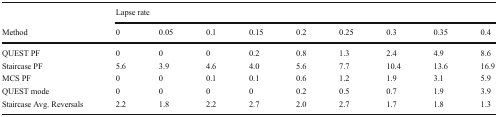
<table><thead><tr><td></td><td colspan="9"><b>Lapse rate</b></td></tr><tr><td><b>Method</b></td><td><b>0</b></td><td><b>0.05</b></td><td><b>0.1</b></td><td><b>0.15</b></td><td><b>0.2</b></td><td><b>0.25</b></td><td><b>0.3</b></td><td><b>0.35</b></td><td><b>0.4</b></td></tr></thead><tbody><tr><td>QUEST PF</td><td>0</td><td>0</td><td>0</td><td>0.2</td><td>0.8</td><td>1.3</td><td>2.4</td><td>4.9</td><td>8.6</td></tr><tr><td>Staircase PF</td><td>5.6</td><td>3.9</td><td>4.6</td><td>4.0</td><td>5.6</td><td>7.7</td><td>10.4</td><td>13.6</td><td>16.9</td></tr><tr><td>MCS PF</td><td>0</td><td>0</td><td>0.1</td><td>0.1</td><td>0.6</td><td>1.2</td><td>1.9</td><td>3.1</td><td>5.9</td></tr><tr><td>QUEST mode</td><td>0</td><td>0</td><td>0</td><td>0</td><td>0.2</td><td>0.5</td><td>0.7</td><td>1.9</td><td>3.9</td></tr><tr><td>Staircase Avg. Reversals</td><td>2.2</td><td>1.8</td><td>2.2</td><td>2.7</td><td>2.0</td><td>2.7</td><td>1.7</td><td>1.8</td><td>1.3</td></tr></tbody></table>